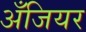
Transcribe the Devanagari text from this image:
अँजियर